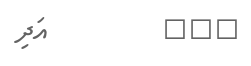
٢٠٤         އަދި